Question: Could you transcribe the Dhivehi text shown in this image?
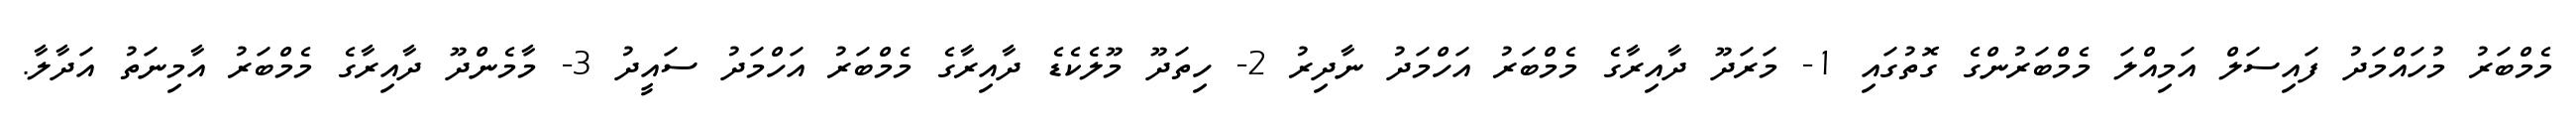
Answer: މެމްބަރު މުހައްމަދު ފައިސަލް އަމިއްލަ މެމްބަރުންގެ ގޮތުގައި 1- މަރަދޫ ދާއިރާގެ މެމްބަރު އަހްމަދު ނާދިރު 2- ހިތަދޫ މޫލެކެޑެ ދާއިރާގެ މެމްބަރު އަހްމަދު ސައީދު 3- މާމެންދޫ ދާއިރާގެ މެމްބަރު އާމިނަތު އަދާލާ.